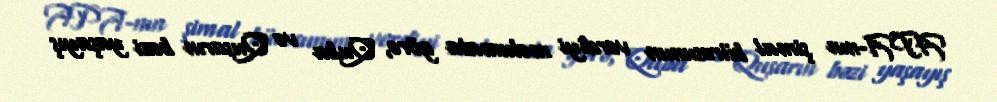
APA-nın şimal bürosunun verdiyi məlumata görə, Quba və Qusarın bəzi yaşayış